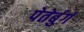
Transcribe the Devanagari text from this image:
पेतेर्बुर्ग